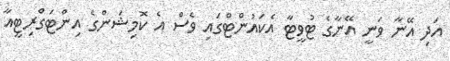
އަދި އޭނާ ވަނީ އޭނާގެ ޓުވީޓާ އެކައުންޓްގައި ވެސް އެ ކޮމިޝަންގެ އިންޓަގްރިޓީއާ